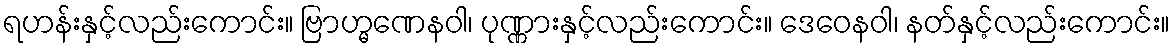
ရဟန်းနှင့်လည်းကောင်း။ ဗြာဟ္မဏေနဝါ၊ ပုဏ္ဏားနှင့်လည်းကောင်း။ ဒေဝေနဝါ၊ နတ်နှင့်လည်းကောင်း။